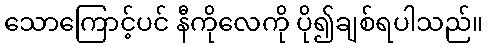
သောကြောင့်ပင် နီကိုလေကို ပို၍ချစ်ရပါသည်။